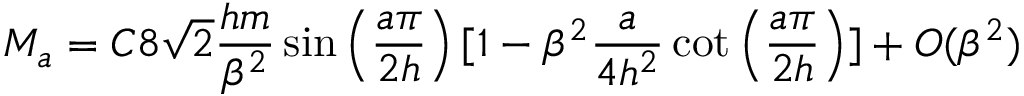
M _ { a } = C 8 \sqrt { 2 } \frac { h m } { \beta ^ { 2 } } \sin \left( \frac { a \pi } { 2 h } \right) [ 1 - \beta ^ { 2 } \frac { a } { 4 h ^ { 2 } } \cot \left( \frac { a \pi } { 2 h } \right) ] + O ( \beta ^ { 2 } )